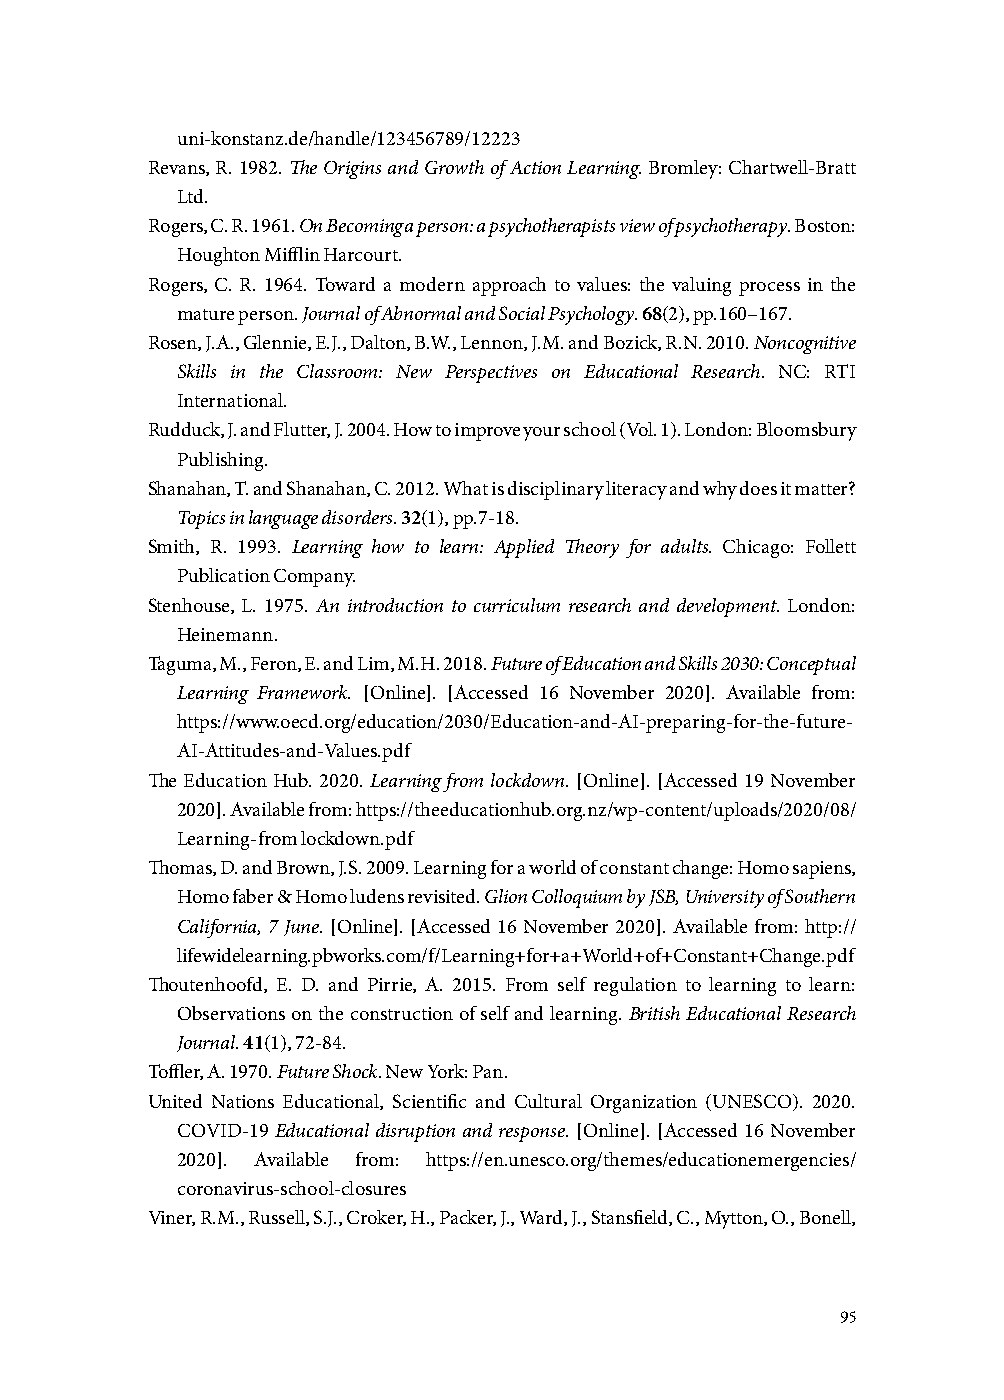
uni-konstanz.de/handle/123456789/12223
 Revans, R. 1982. The Origins and Growth of Action Learning. Bromley: Chartwell-Bratt
 Ltd.
 Rogers, C. R. 1961. On Becoming a person: a psychotherapists view of psychotherapy. Boston:
 Houghton Mifflin Harcourt.
 Rogers, C. R. 1964. Toward a modern approach to values: the valuing process in the
 mature person. Journal of Abnormal and Social Psychology. 68(2), pp.160–167.
 Rosen, J.A., Glennie, E.J., Dalton, B.W., Lennon, J.M. and Bozick, R.N. 2010. Noncognitive
 Skills in the Classroom: New Perspectives on Educational Research. NC: RTI
 International.
 Rudduck, J. and Flutter, J. 2004. How to improve your school (Vol. 1). London: Bloomsbury
 Publishing.
 Shanahan, T. and Shanahan, C. 2012. What is disciplinary literacy and why does it matter?
 Topics in language disorders. 32(1), pp.7-18.
 Smith, R. 1993. Learning how to learn: Applied Theory for adults. Chicago: Follett
 Publication Company.
 Stenhouse, L. 1975. An introduction to curriculum research and development. London:
 Heinemann.
 Taguma, M., Feron, E. and Lim, M.H. 2018. Future of Education and Skills 2030: Conceptual
 Learning Framework. [Online]. [Accessed 16 November 2020]. Available from:
 https://www.oecd.org/education/2030/Education-and-AI-preparing-for-the-future-
 AI-Attitudes-and-Values.pdf
 The Education Hub. 2020. Learning from lockdown. [Online]. [Accessed 19 November
 2020]. Available from: https://theeducationhub.org.nz/wp-content/uploads/2020/08/
 Learning-from lockdown.pdf
 Thomas, D. and Brown, J.S. 2009. Learning for a world of constant change: Homo sapiens,
 Homo faber & Homo ludens revisited. Glion Colloquium by JSB, University of Southern
 California, 7 June. [Online]. [Accessed 16 November 2020]. Available from: http://
 lifewidelearning.pbworks.com/f/Learning+for+a+World+of+Constant+Change.pdf
 Thoutenhoofd, E. D. and Pirrie, A. 2015. From self regulation to learning to learn:
 Observations on the construction of self and learning. British Educational Research
 Journal. 41(1), 72-84.
 Toffler, A. 1970. Future Shock. New York: Pan.
 United Nations Educational, Scientific and Cultural Organization (UNESCO). 2020.
 COVID-19 Educational disruption and response. [Online]. [Accessed 16 November
 2020]. Available from: https://en.unesco.org/themes/educationemergencies/
 coronavirus-school-closures
 Viner, R.M., Russell, S.J., Croker, H., Packer, J., Ward, J., Stansfield, C., Mytton, O., Bonell,
 95